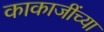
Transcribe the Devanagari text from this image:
काकाजींच्या